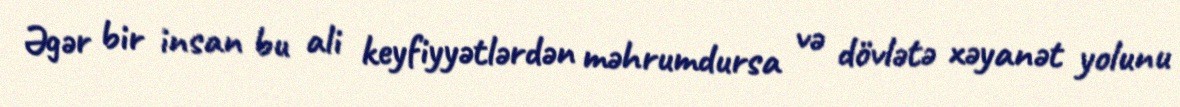
Əgər bir insan bu ali keyfiyyətlərdən məhrumdursa və dövlətə xəyanət yolunu